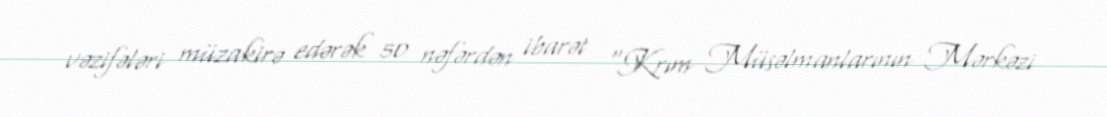
vəzifələri müzakirə edərək 50 nəfərdən ibarət “Krım Müsəlmanlarının Mərkəzi